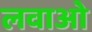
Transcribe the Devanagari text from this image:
लवाओ